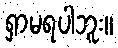
ရှာမရပါဘူး။